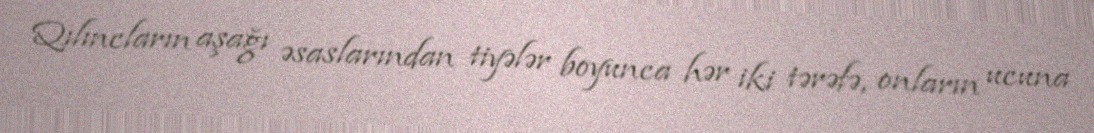
Qılıncların aşağı əsaslarından tiyələr boyunca hər iki tərəfə, onların ucuna